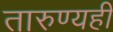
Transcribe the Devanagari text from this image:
तारुण्यही